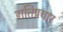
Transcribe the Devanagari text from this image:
गतिप्रचार